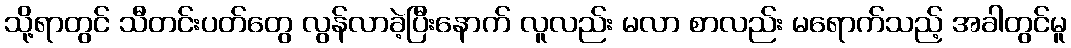
သို့ရာတွင် သီတင်းပတ်တွေ လွန်လာခဲ့ပြီးနောက် လူလည်း မလာ စာလည်း မရောက်သည့် အခါတွင်မူ